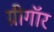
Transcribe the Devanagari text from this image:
ग्रीगॉर